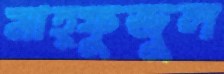
মাহ্ফুজুল